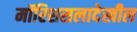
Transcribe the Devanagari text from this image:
मॉरिशसलादेखील